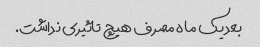
بعد یک ماه مصرف هیچ تاثیری نداشت.